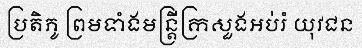
ប្រតិភូ ព្រមទាំងមន្ត្រីក្រសួងអប់រំ យុវជន